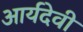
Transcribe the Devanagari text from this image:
आर्यदेवी